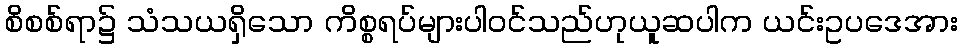
စိစစ်ရာ၌ သံသယရှိသော ကိစ္စရပ်များပါဝင်သည်ဟုယူဆပါက ယင်းဥပဒေအား